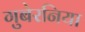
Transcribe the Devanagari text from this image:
गुबेरनिया